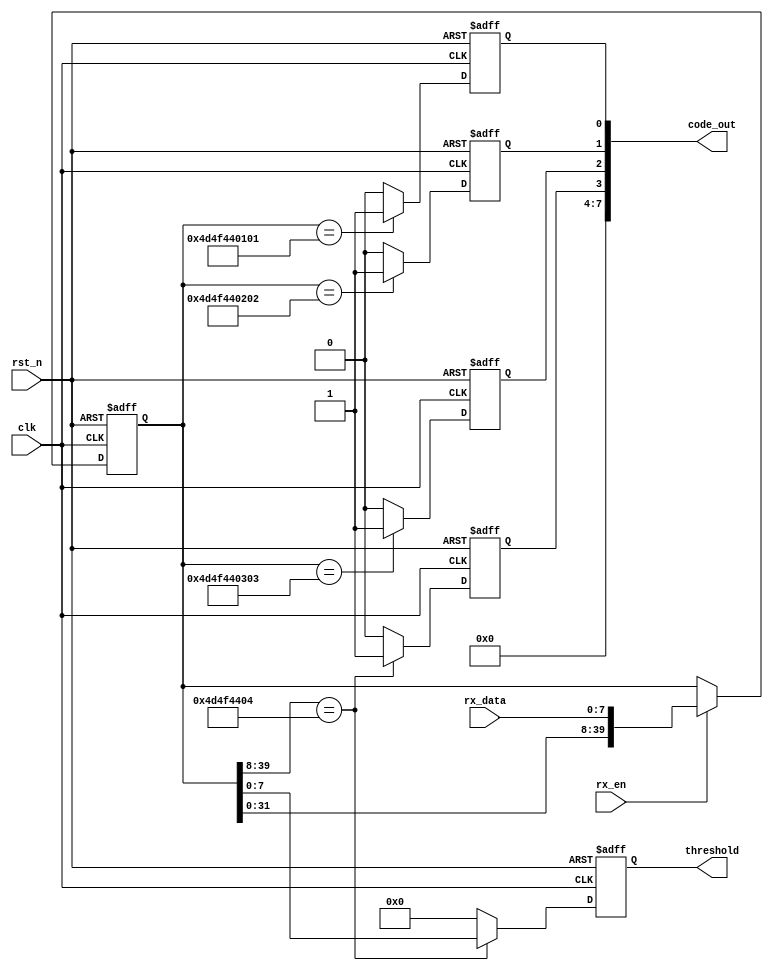
module uart_decode
(
	input				clk,
	input				rst_n,
	
	input				rx_en,
	input	[7:0]		rx_data,
	output	reg	[7:0]	threshold,
	output	[7:0]		code_out

);

reg	[39:0]	data_reg;

reg			color_en;
reg			gary_en;
reg			binary_en;

reg			threshold_en;

assign		code_out	=	{4'b0,threshold_en,binary_en,gary_en,color_en};

always@(posedge clk,negedge rst_n)
begin
	if(!rst_n)
		data_reg	<=	'b0;
	else if( rx_en )
		data_reg	<=	{data_reg[32:0],rx_data};
end

always@(posedge clk,negedge rst_n)
begin
	if(!rst_n)
		color_en	<=	1'b0;
	else if( data_reg == 40'h4d_4f_44_01_01  )
		color_en	<=	1'b1;
	else 
		color_en	<=	1'b0;
end

always@(posedge clk,negedge rst_n)
begin
	if(!rst_n)
		gary_en	<=	1'b0;
	else if( data_reg == 40'h4d_4f_44_02_02  )
		gary_en	<=	1'b1;
	else 
		gary_en	<=	1'b0;
end

always@(posedge clk,negedge rst_n)
begin
	if(!rst_n)
		binary_en	<=	1'b0;
	else if( data_reg == 40'h4d_4f_44_03_03  )
		binary_en	<=	1'b1;
	else 
		binary_en	<=	1'b0;
end

always@(posedge clk,negedge rst_n)
begin
	if(!rst_n)
		threshold	<=	8'b0;
	else if( data_reg[39:8] == 32'h4d_4f_44_04  )
		threshold	<=	data_reg[7:0];
	else 
		threshold	<=	8'b0;
end

always@(posedge clk,negedge rst_n)
begin
	if(!rst_n)
		threshold_en	<=	1'b0;
	else if( data_reg[39:8] == 32'h4d_4f_44_04  )
		threshold_en	<=	1'b1;
	else 
		threshold_en	<=	1'b0;
end



endmodule